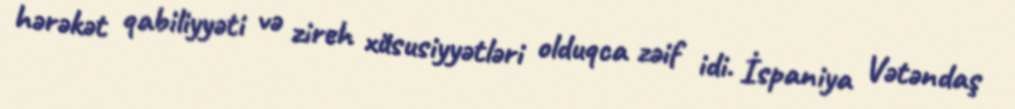
hərəkət qabiliyyəti və zireh xüsusiyyətləri olduqca zəif idi. İspaniya Vətəndaş